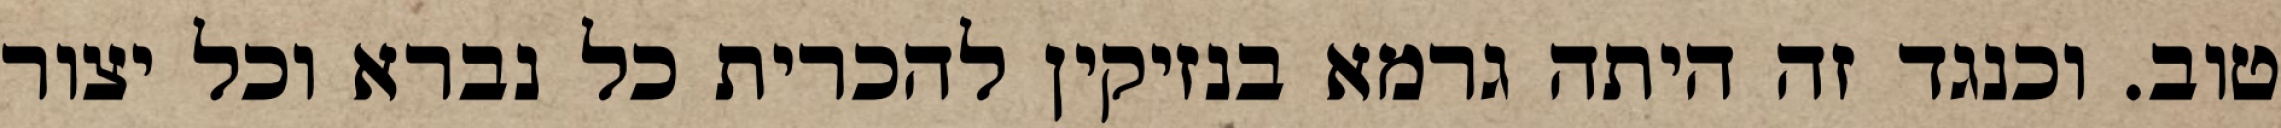
טוב. וכנגד זה היתה גרמא בנזיקין להכרית כל נברא וכל יצור